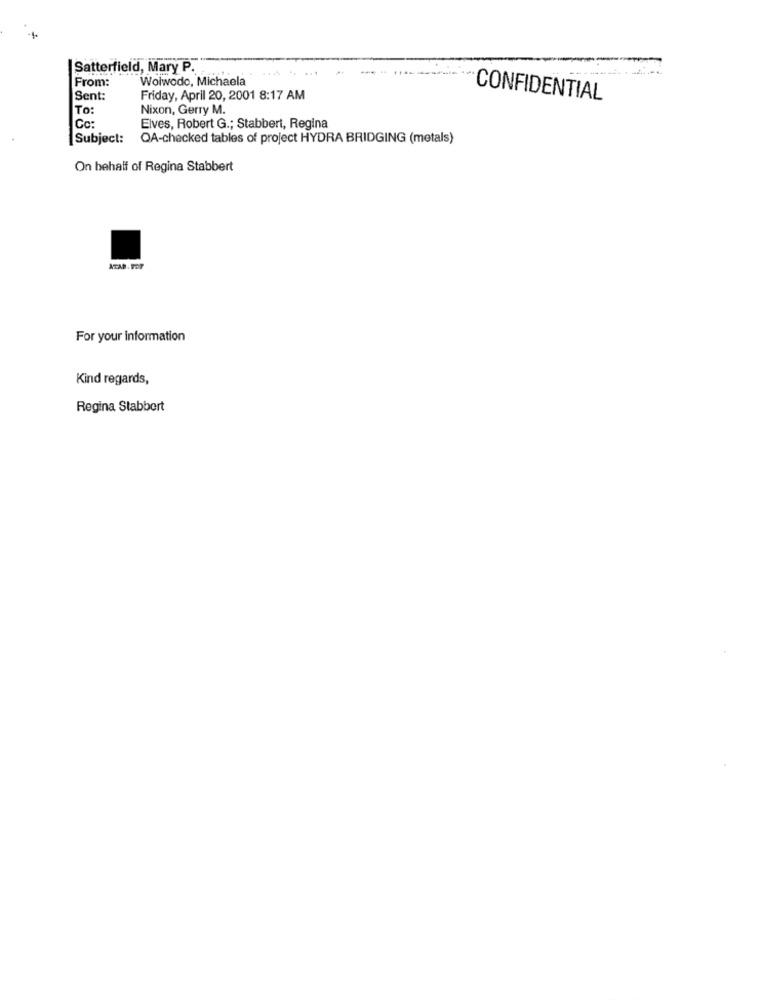
Satterfield, Mary P.
-- -
Woiwodo, Michaela
From:
Sent:
Friday, April 20, 2001 8:17 AM
CONFIDENTIAL
To:
Nixon, Gerry M.
Cc:
Elves, Robert G .; Stabbert, Regina
Subject:
QA-checked tables of project HYDRA BRIDGING (metals)
On behalf of Regina Stabbert
ATAb. For
For your information
Kind regards,
Regina Stabbert